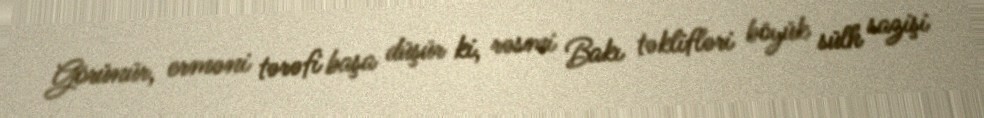
Görünür, erməni tərəfi başa düşür ki, rəsmi Bakı təklifləri böyük sülh sazişi